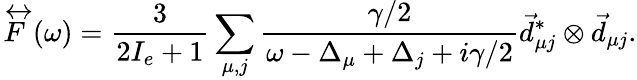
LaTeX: \overleftrightarrow{F}(\omega)=\frac{3}{2I_{e}+1}\sum_{\mu,j}\frac{\gamma/2}{\omega-\Delta_{\mu}+\Delta_{j}+i\gamma/2}\vec{d}_{\mu j}^{*}\otimes\vec{d}_{\mu j}.